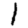
Digit: 1